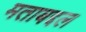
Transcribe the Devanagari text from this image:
मताबद्दल